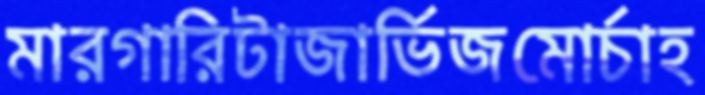
মারগারিটাজার্ভিজমোর্চাহ